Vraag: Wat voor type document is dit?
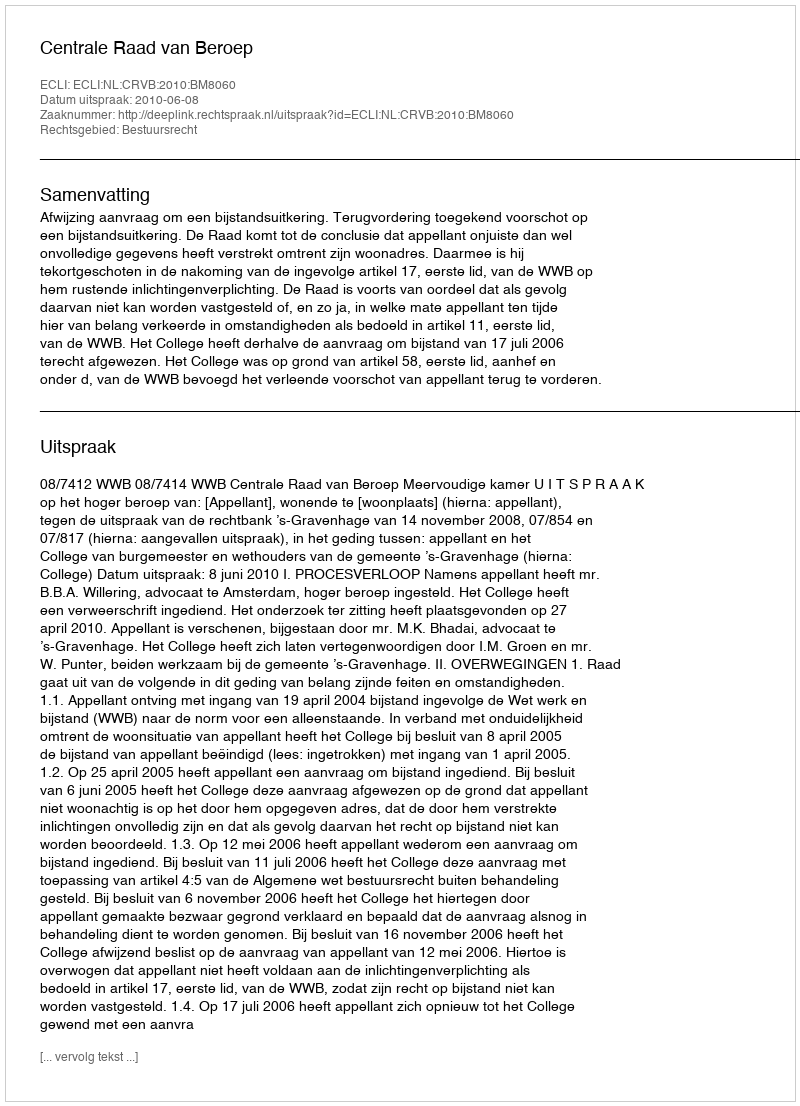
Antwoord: Uitspraak